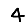
Digit: 4